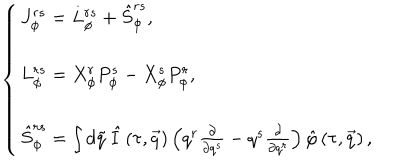
LaTeX: \left\{ \begin{array} { l } { { J _ { \phi } ^ { r s } = L _ { \phi } ^ { r s } + { \hat { S } } _ { \phi } ^ { r s } , } } \\ { { L _ { \phi } ^ { r s } = X _ { \phi } ^ { r } P _ { \phi } ^ { s } - X _ { \phi } ^ { s } P _ { \phi } ^ { r } , } } \\ { { { \hat { S } } _ { \phi } ^ { r s } = \int d \tilde { q } \, \hat { I } \left( \tau , \vec { q } \right) \left( q ^ { r } \frac \partial { \partial q ^ { s } } - q ^ { s } \frac \partial { \partial q ^ { r } } \right) \hat { \varphi } \left( \tau , \vec { q } \right) , } } \\ \end{array} \right.